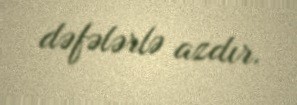
dəfələrlə azdır.